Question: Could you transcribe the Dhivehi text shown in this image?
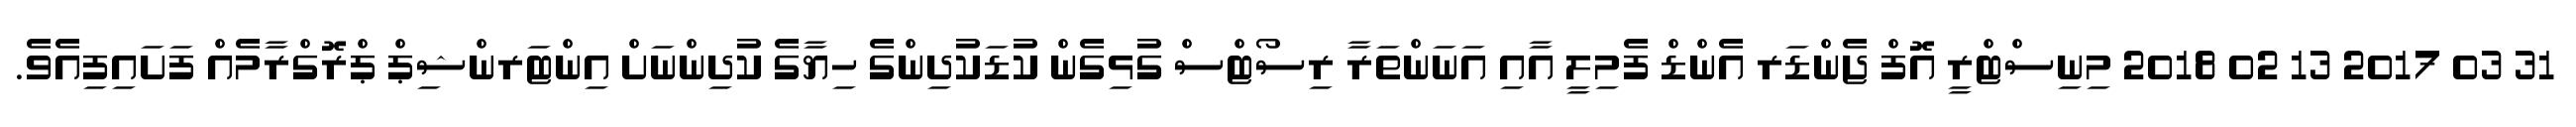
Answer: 31 03 2017 13 02 2018 މިނިސްޓްރީ އޮފް ޖެންޑަރ އެންޑް ފެމިލީ އާއި އަނަންތަރާ ރިސޯޓްސް ގުޅިގެން ކުޑަކުދިންގެ ހިޔާގެ ކުދިންނަށް އިންޓަރންޝިޕް ޕްރޮގްރާމެއް ފަށައިފިއެވެ.